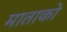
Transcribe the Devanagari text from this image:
माताको